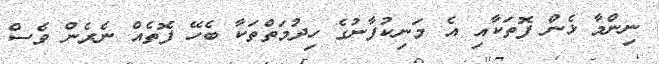
ނިންމާ ޅެން ފޮތަކާއި އެ މަނިކުފާނުގެ ހިދުމަތްތަކާ ބެހޭ ފޮތެއް ނެރެން ވެސް